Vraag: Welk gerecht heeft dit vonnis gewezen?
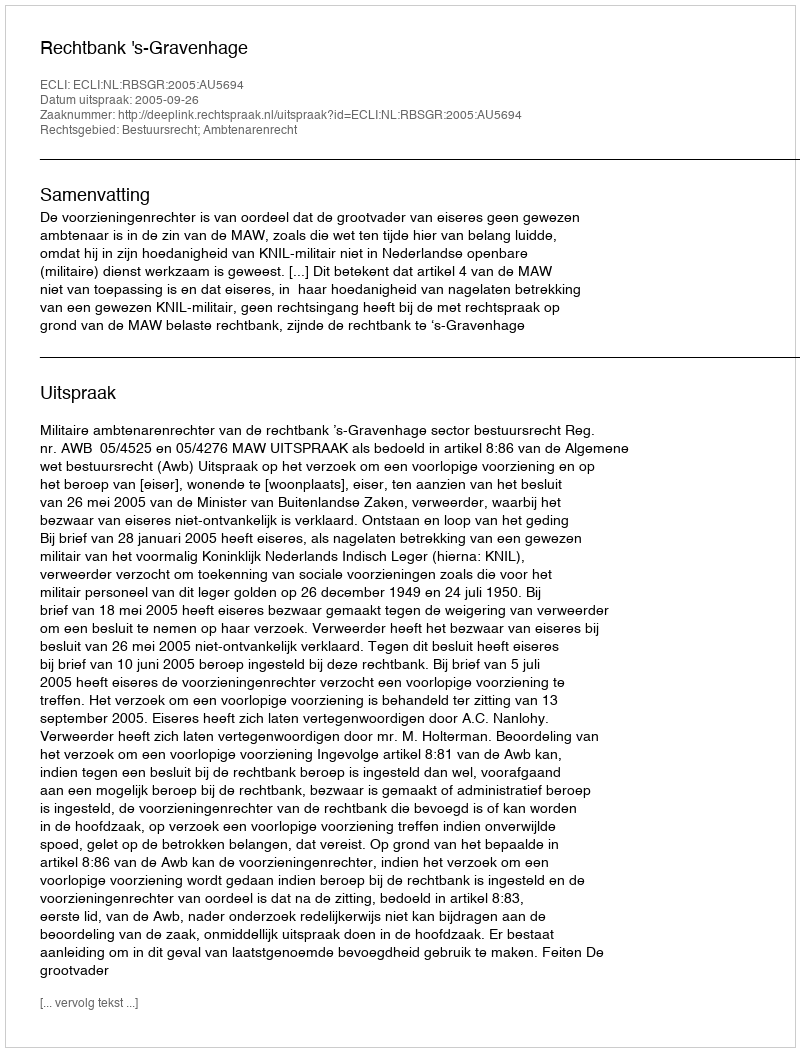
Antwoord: Rechtbank 's-Gravenhage